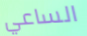
الساعي